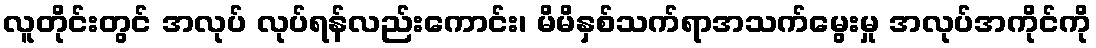
လူတိုင်းတွင် အလုပ် လုပ်ရန်လည်းကောင်း၊ မိမိနှစ်သက်ရာအသက်မွေးမှု အလုပ်အကိုင်ကို